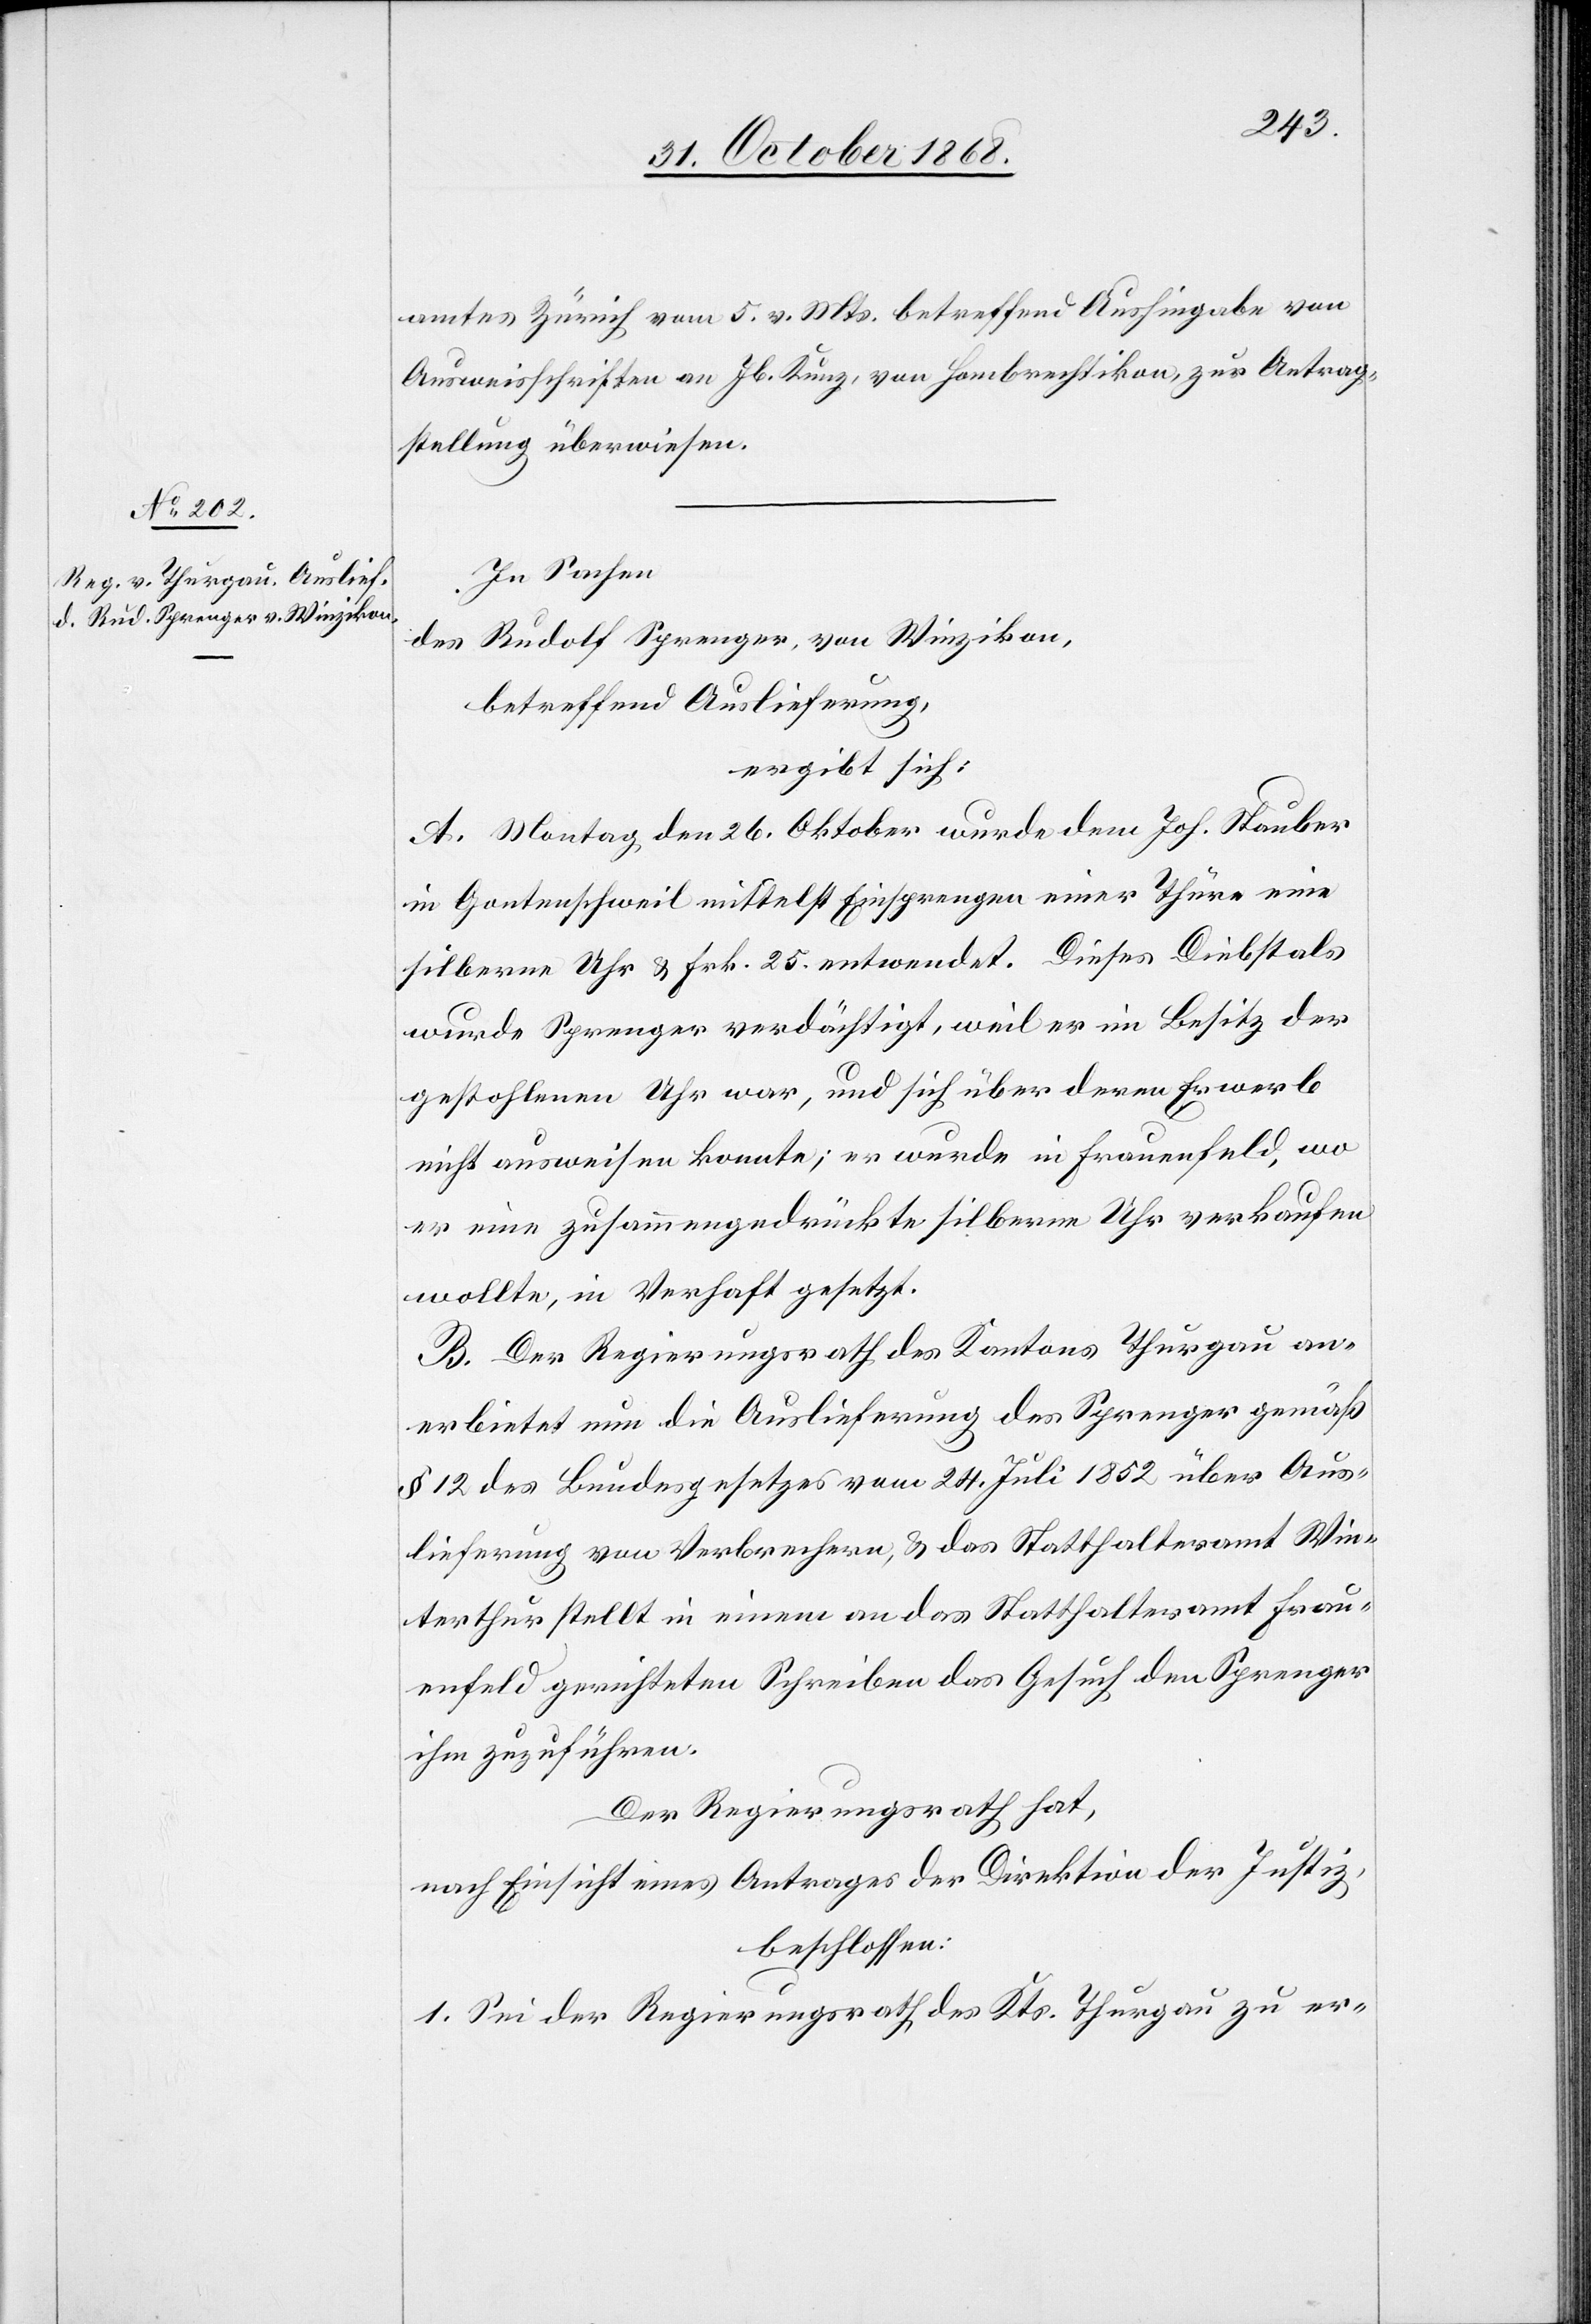
amtes Zürich vom 5. v. Mts. betreffend Aushingabe von
Ausweisschriften an Jb. Kunz, von Hombrechtikon, zur Antrag¬
stellung überwiesen.
In Sachen
Rudolf Sprenger, von Winzikon,
des
betreffend Auslieferung,
ergibt sich:
A. Montag den 26. Oktober wurde dem Joh. Stauber
in Gontenschweil mittelst Einsprengen einer Thüre eine
silberne Uhr & Frk. 25. entwendet. Dieses Diebstals
wurde Sprenger verdächtigt, weil er im Besitz der
gestohlenen Uhr war, und sich über deren Erwerb
nicht ausweisen konnte; er wurde in Frauenfeld, wo
er eine zusammengedrückte silberne Uhr verkaufen
wollte, in Verhaft gesetzt.
B. Der Regierungsrath des Kantons Thurgau an¬
erbietet nun die Auslieferung des Sprenger gemäß
§ 12 des Bundesgesetzes vom 24. Juli 1852 über Aus¬
lieferung von Verbrechern, & das Statthalteramt Win¬
terthur stellt in einem an das Statthalteramt Frau¬
enfeld gerichteten Schreiben das Gesuch den Sprenger
ihm zuzuführen.
Der Regierungsrath hat,
nach Einsicht eines Antrages der Direktion der Justiz,
beschlossen:
1. Sei der Regierungsrath des Kts. Thurgau zu er-